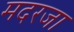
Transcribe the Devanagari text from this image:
मदरजा